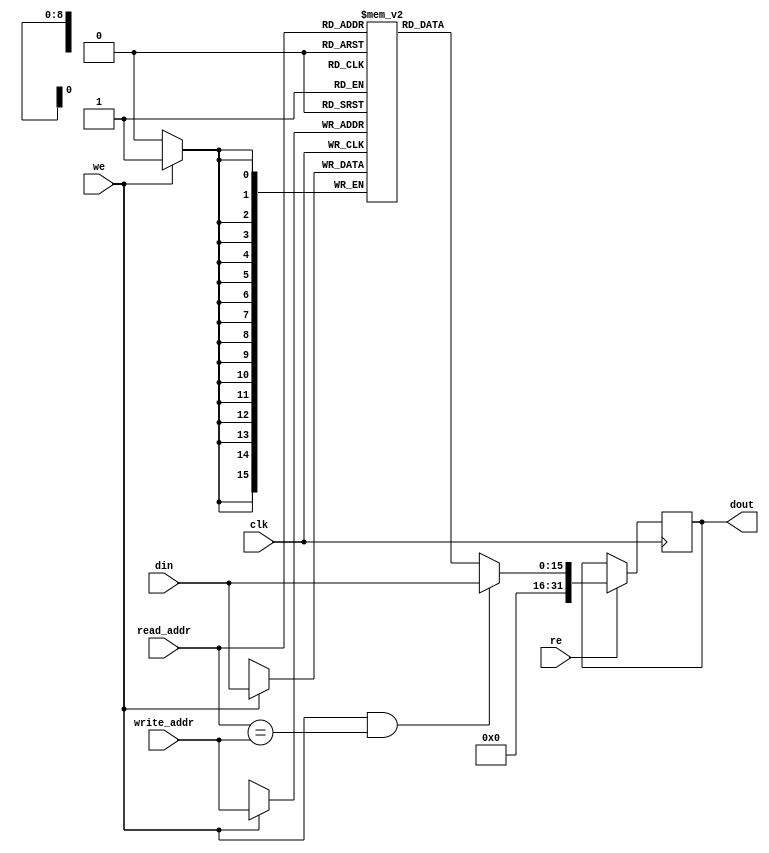
module ram_simple_dp_synch_wf_512x16_block (clk, we,re, read_addr, write_addr, din, dout);
    input clk, we, re;
    input [8:0] read_addr, write_addr;
    input [15:0] din;
    `ifdef IVERILOG
         output reg [31:0] dout=0;
    `else
        output reg [31:0] dout;
    `endif
    
    (* ram_style = "block" *)
    reg [15:0] ram [511:0];

    always @(posedge clk)
    begin
        if (we)
            ram[write_addr] <= din;
        if (re) begin
            dout <= ram[read_addr];
            if (we && read_addr == write_addr)
                dout <= din;
        end
    end

endmodule